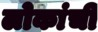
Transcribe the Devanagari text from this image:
लोकांचीं